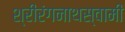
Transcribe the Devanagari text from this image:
श्रीरंगनाथस्वामी